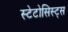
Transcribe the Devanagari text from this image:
स्टेटोसिस्ट्स